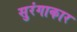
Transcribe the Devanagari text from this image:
सुरंगाकार